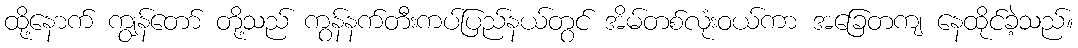
ထို့နောက် ကျွန်တော် တို့သည် ကွန်နက်တီးကပ်ပြည်နယ်တွင် အိမ်တစ်လုံးဝယ်ကာ အခြေတကျ နေထိုင်ခဲ့သည်။